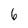
Character: 6